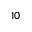
_ { 1 0 }